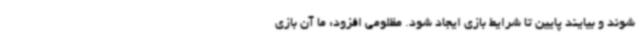
شوند و بیایند پایین تا شرایط بازی ایجاد شود. مظلومی افزود: ما آن بازی